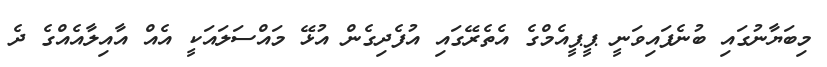
މިބަޔާނުގައި ބުނެފައިވަނީ ޕީޕީއެމްގެ އެތެރޭގައި އުފެދިގެން އުޅޭ މައްސަލައަކީ އެއް އާއިލާއެއްގެ ދެ